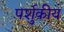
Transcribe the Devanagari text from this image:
पर्शुकीय